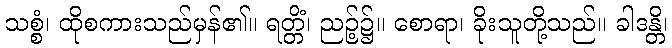
သစ္စံ၊ ထိုစကားသည်မှန်၏။ ရတ္တိံ၊ ညဉ့်၌။ စောရာ၊ ခိုးသူတို့သည်။ ခါဒန္တိ၊